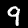
Digit: 9